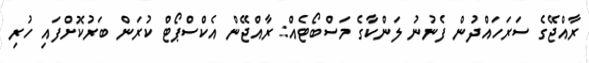
ރާއްޖޭގެ ސަރަހައްދުން ފެނުނު ލަންކާގެ މަސްބޯޓެއް: ރާއްޖޭން އެކްސްޕޯޓް ކުރަން ބަރުކޮށްފައި ހުރި